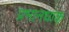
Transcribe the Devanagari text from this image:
प्रभानधाक